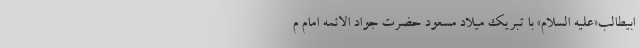
ابیطالب«علیه السلام» با تبریک میلاد مسعود حضرت جواد الائمه امام م